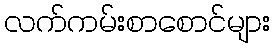
လက်ကမ်းစာစောင်များ